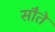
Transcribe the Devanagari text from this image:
सौते